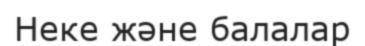
Неке және балалар